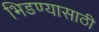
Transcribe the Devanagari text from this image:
भिडण्यासाठी